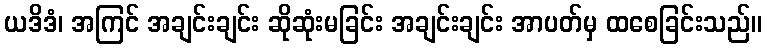
ယဒိဒံ၊ အကြင် အချင်းချင်း ဆိုဆုံးမခြင်း အချင်းချင်း အာပတ်မှ ထစေခြင်းသည်။